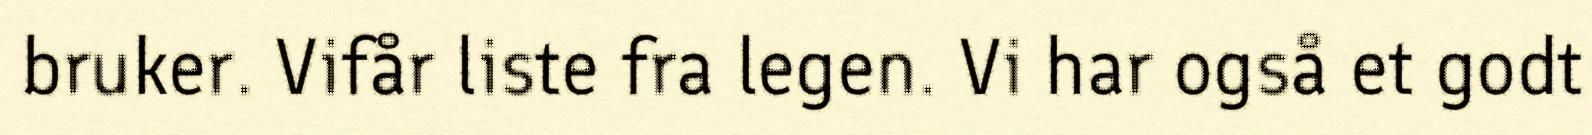
bruker. Vifår liste fra legen. Vi har også et godt